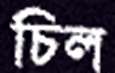
চিল